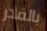
بالقدر